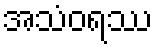
အသံဝရဿ